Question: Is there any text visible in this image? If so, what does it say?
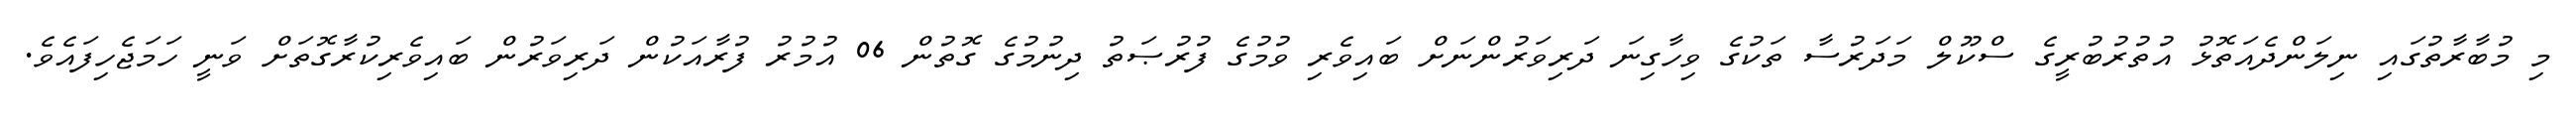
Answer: މި މުބާރާތުގައި ނިލަންދެއަތޮޅު އުތުރުބުރީގެ ސްކޫލް މަދަރުސާ ތަކުގެ ވިހާގިނަ ދަރިވަރުންނަށް ބައިވެރި ވުމުގެ ފުރުޞަތު ދިނުމުގެ ގޮތުން 06 އުމުރު ފުރާއަކުން ދަރިވަރުން ބައިވެރިކުރާގޮތަށް ވަނީ ހަމަޖެހިފައެވެ.